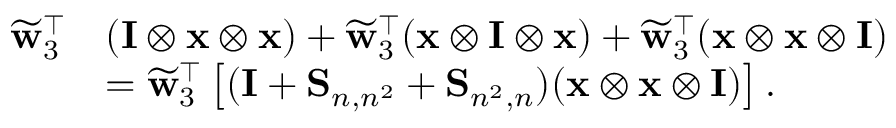
\begin{array} { r l } { \widetilde { \mathbf { w } } _ { 3 } ^ { \top } } & { ( \mathbf { I } \otimes \mathbf { x } \otimes \mathbf { x } ) + \widetilde { \mathbf { w } } _ { 3 } ^ { \top } ( \mathbf { x } \otimes \mathbf { I } \otimes \mathbf { x } ) + \widetilde { \mathbf { w } } _ { 3 } ^ { \top } ( \mathbf { x } \otimes \mathbf { x } \otimes \mathbf { I } ) } \\ & { = \widetilde { \mathbf { w } } _ { 3 } ^ { \top } \left[ ( \mathbf { I } + \mathbf { S } _ { n , n ^ { 2 } } + \mathbf { S } _ { n ^ { 2 } , n } ) ( \mathbf { x } \otimes \mathbf { x } \otimes \mathbf { I } ) \right] . } \end{array}